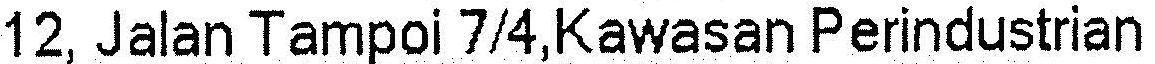
12, JALAN TAMPOI 7/4,KAWASAN PERINDUSTRIAN